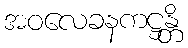
အဝလေခနကဋ္ဌန္တိ